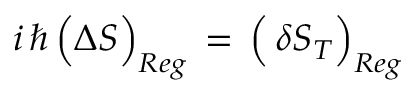
i \, \hbar \, \Big ( \Delta S \Big ) _ { R e g } \, = \, \Big ( \, \delta S _ { T } \Big ) _ { R e g }